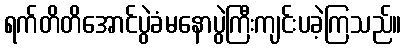
ရက်တိတိအောင်ပွဲခံမနောပွဲကြီးကျင်းပခဲ့ကြသည်။